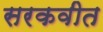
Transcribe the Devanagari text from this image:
सरकवीत